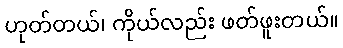
ဟုတ်တယ်၊ ကိုယ်လည်း ဖတ်ဖူးတယ်။